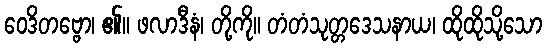
ဝေဒိတဗ္ဗော၊ ၏။ ဖလာဒီနံ၊ တို့ကို။ တံတံသုတ္တဒေသနာယ၊ ထိုထိုသို့သော